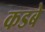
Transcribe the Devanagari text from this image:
कडबे